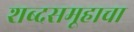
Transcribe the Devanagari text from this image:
शब्दसमूहाचा